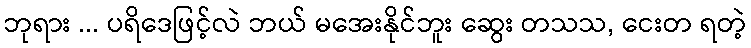
ဘုရား ... ပရိဒေဖြင့်လဲ ဘယ် မအေးနိုင်ဘူး ဆွေး တသသ, ငေးတ ရတဲ့